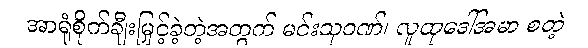
အာရုံစိုက်ချီးမြှင့်ခဲ့တဲ့အတွက် မင်းသုဝဏ်၊ လူထုဒေါ်အမာ စတဲ့